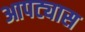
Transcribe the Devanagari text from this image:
आपट्यास